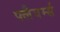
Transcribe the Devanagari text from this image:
फ्लैवर्म्स